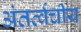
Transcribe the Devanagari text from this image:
अंतर्त्वचीय